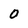
Character: 0